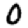
Digit: 0